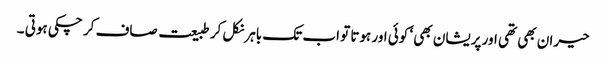
حیران بھی تھی اور پریشان بھی ‘ کوئی اور ہوتا تو اب تک باہر نکل کر طبیعت صاف کر چکی ہوتی ۔